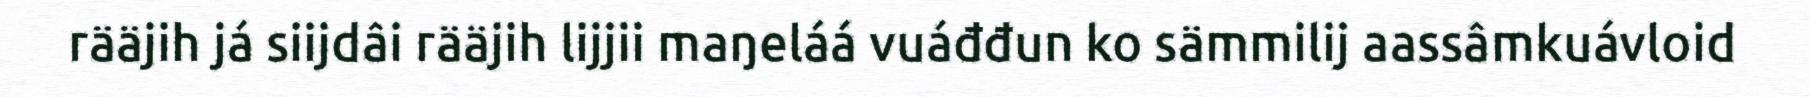
rääjih já siijdâi rääjih lijjii maŋeláá vuáđđun ko sämmilij aassâmkuávloid